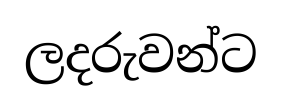
ලදරුවන්ට